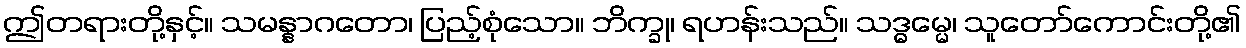
ဤတရားတို့နှင့်။ သမန္နာဂတော၊ ပြည့်စုံသော။ ဘိက္ခု၊ ရဟန်းသည်။ သဒ္ဓမ္မေ၊ သူတော်ကောင်းတို့၏